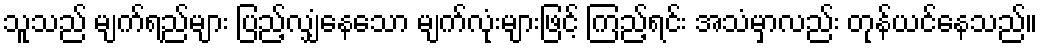
သူသည် မျက်ရည်များ ပြည့်လျှံနေသော မျက်လုံးများဖြင့် ကြည့်ရင်း အသံမှာလည်း တုန်ယင်နေသည်။